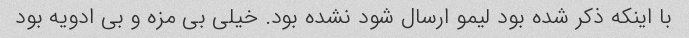
با اینکه ذکر شده بود لیمو ارسال شود نشده بود. خیلی بی مزه و بی ادویه بود